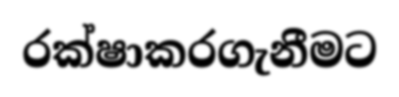
රක්ෂාකරගැනීමට